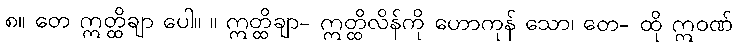
၈။ တေ ဣတ္ထိချာ ပေါ။ ။ ဣတ္ထိချာ- ဣတ္ထိလိန်ကို ဟောကုန် သော၊ တေ- ထို ဣဝဏ်